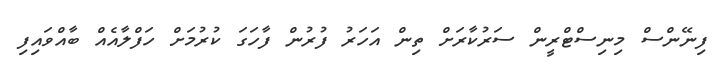
ފިނޭންސް މިނިސްޓްރީން ސަރުކާރަށް ތިން އަހަރު ފުރުން ފާހަގަ ކުރުމަށް ހަފްލާއެއް ބާއްވައިފި